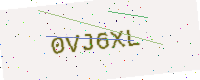
Text: 0VJ6XL